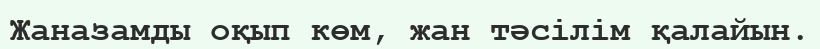
Жаназамды оқып көм, жан тәсілім қалайын.